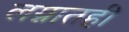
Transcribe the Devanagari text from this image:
लग्नातही